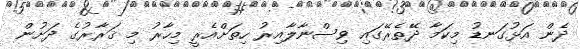
ދެން އަޅުގަނޑު މިކަމާ ދޭތެރޭގައި ވިސްނާލާއިރު ހިތަށްއެރީ މިހާރު މި ޤަރާރުގެ ދަށުން